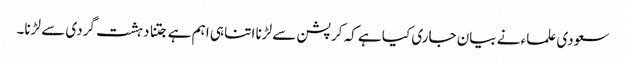
سعودی علماء نے بیان جاری کیا ہے کہ کرپشن سے لڑنا اتنا ہی اہم ہے جتنا دہشت گردی سے لڑنا۔